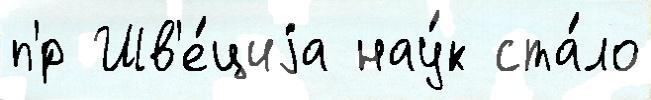
п'́р Шв'е́циjа нау́к ста́ло